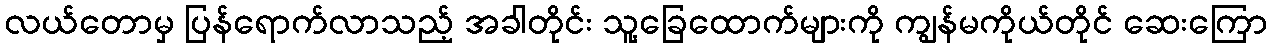
လယ်တောမှ ပြန်ရောက်လာသည့် အခါတိုင်း သူ့ခြေထောက်များကို ကျွန်မကိုယ်တိုင် ဆေးကြော